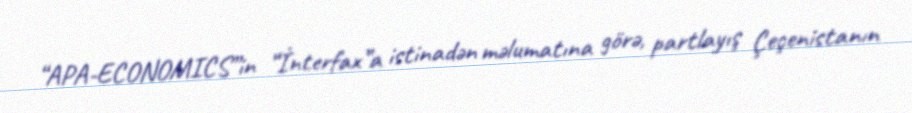
“APA-ECONOMICS”in “İnterfax”a istinadən məlumatına görə, partlayış Çeçenistanın